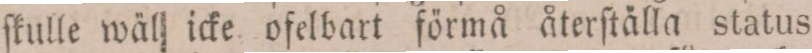
ſkulle wäl icke ofelbart förmå återſtälla status